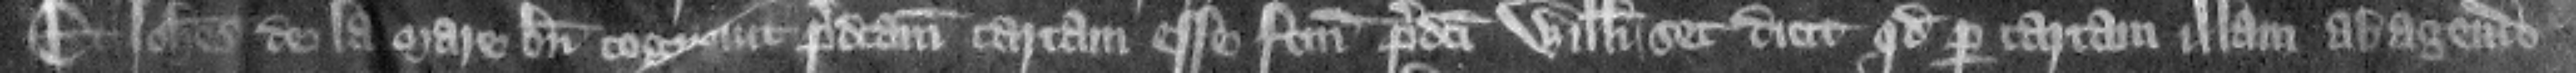
Et Iohannes de la Mare bene cognouit predictam cartam esse factum predicti Willelmi set dicit quod per cartam illam ab agendo